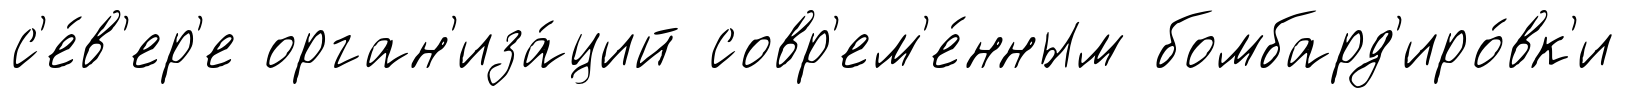
с'е́в'ер'е орган'иза́ций совр'ем'е́нным бомбард'иро́вк'и